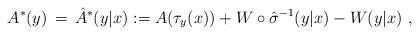
LaTeX: \begin{align*}A^* (y)\,=\,\hat{A}^*(y|x) := A(\tau_y(x)) + W \circ \hat{\sigma}^{-1} (y|x) - W(y|x) \ ,\end{align*}